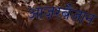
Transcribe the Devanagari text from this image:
आज़रबैजान